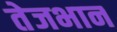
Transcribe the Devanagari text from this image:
तेजभान